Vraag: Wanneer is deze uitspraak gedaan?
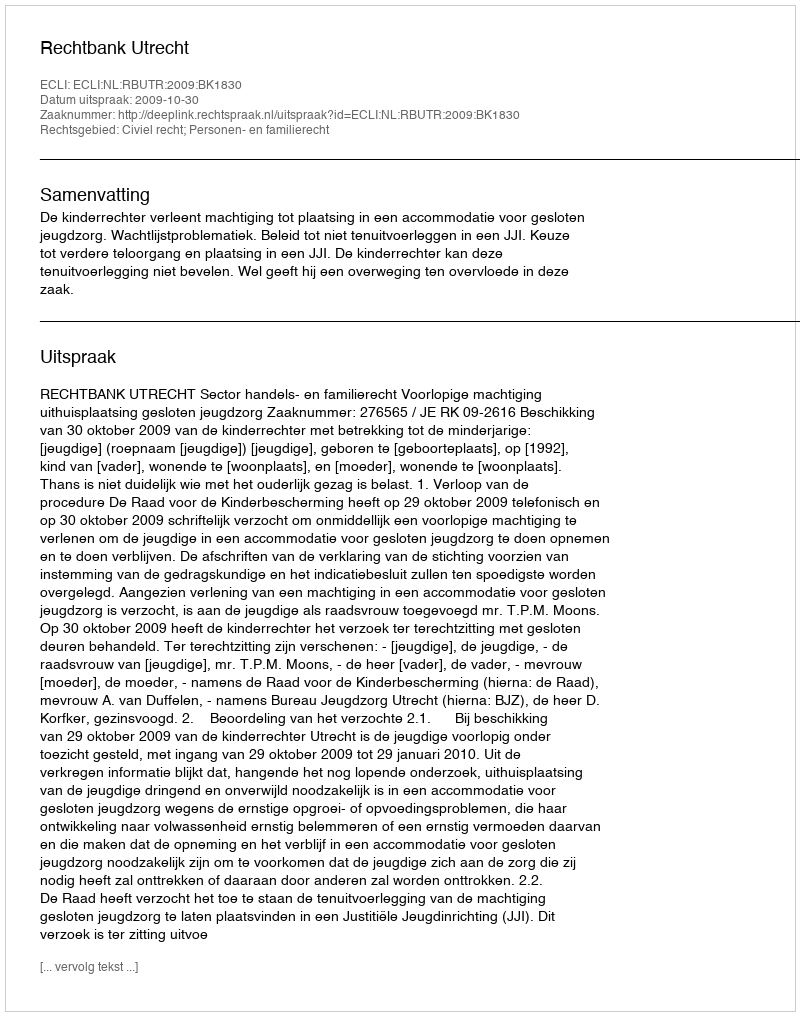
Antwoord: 2009-10-30